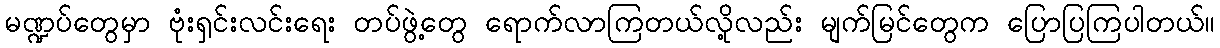
မဏ္ဍပ်တွေမှာ ဗုံးရှင်းလင်းရေး တပ်ဖွဲ့တွေ ရောက်လာကြတယ်လို့လည်း မျက်မြင်တွေက ပြောပြကြပါတယ်။